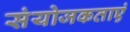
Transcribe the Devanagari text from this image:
संयोजकताएं